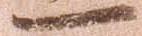
一